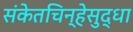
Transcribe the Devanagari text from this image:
संकेतचिन्हेसुद्धा